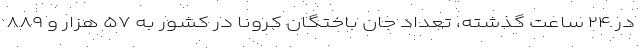
در ۲۴ ساعت گذشته، تعداد جان باختگان کرونا در کشور به ۵۷ هزار و ۸۸۹